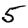
Digit: 5